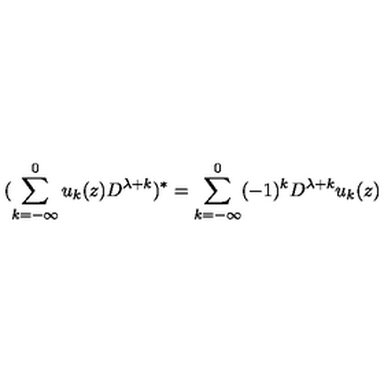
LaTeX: ( \sum _ { k = - \infty } ^ { 0 } u _ { k } ( z ) D ^ { \lambda + k } ) ^ { * } = \sum _ { k = - \infty } ^ { 0 } ( - 1 ) ^ { k } D ^ { \lambda + k } u _ { k } ( z )